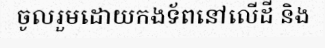
ចូលរួមដោយកងទ័ពនៅលើដី និង